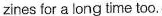
zines for a long time too.